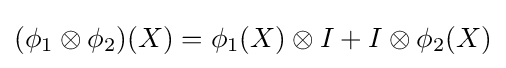
(\phi _{1}\otimes \phi _{2})(X)=\phi _{1}(X)\otimes I+I\otimes \phi _{2}(X)